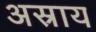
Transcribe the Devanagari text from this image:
अस्राय